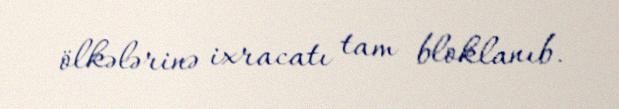
ölkələrinə ixracatı tam bloklanıb.